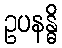
ဥပနန္ဓိ